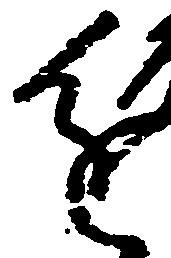
進